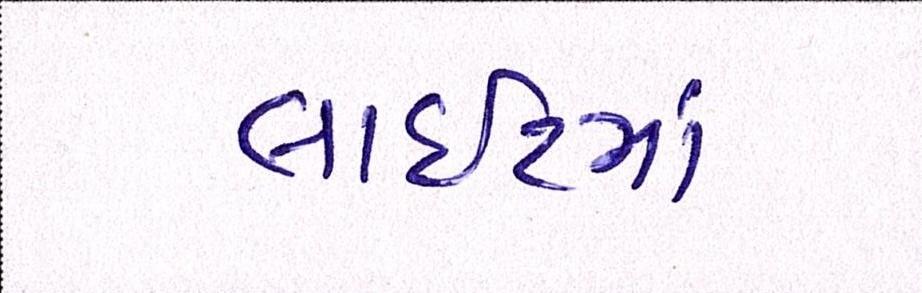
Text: લાઈટમાં